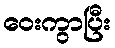
ဝေးကွာပြီး